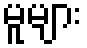
မူများ